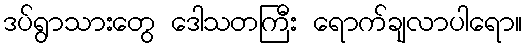
ဒပ်ရွာသားတွေ ဒေါသတကြီး ရောက်ချလာပါရော။